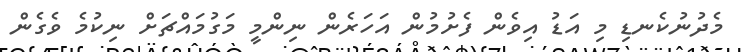
މެދުނުކެނޑި މި އަޑު އިވެން ފެށުމުން އަހަރެން ނިންމީ މަގުމައްޗަށް ނިކުމެ ވެގެން